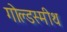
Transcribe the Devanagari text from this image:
गोल्डस्मीथ